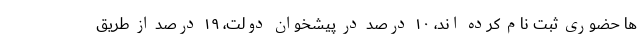
ها حضوری ثبت نام کرده اند، ١٠ درصد در پیشخوان دولت، ١٩ درصد از طریق